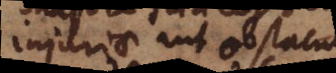
injuriae aut obstaculi